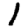
Digit: 1